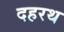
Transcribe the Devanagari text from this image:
दहरथ